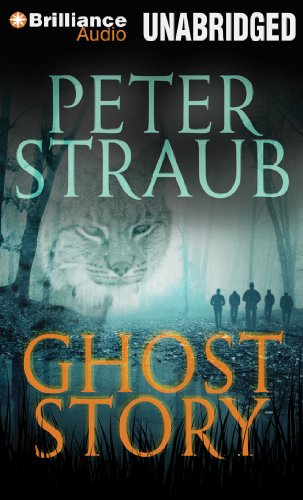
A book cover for Ghost Story; Peter Straub; Romance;